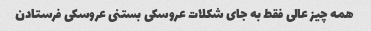
همه چیز عالی فقط به جای شکلات عروسکی بستنی عروسکی فرستادن